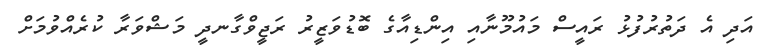
އަދި އެ ދަތުރުފުޅު ރައީސް މައުމޫނާއި އިންޑިއާގެ ބޮޑުވަޒީރު ރަޖީވްގާނދީ މަޝްވަރާ ކުރެއްވުމަށް